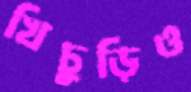
খিচুড়িও